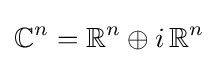
\mathbb {C} ^{n}=\mathbb {R} ^{n}\oplus i\,\mathbb {R} ^{n}